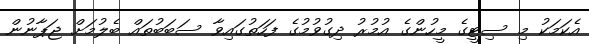
އެކަމަކު މި ސިޓީގެ މީހުންގެ އުމުރު ދިގުވުމުގެ ފަހަތުގައިވާ ސަބަބުތައް ބެލުމަށް ޖަޕާނުން